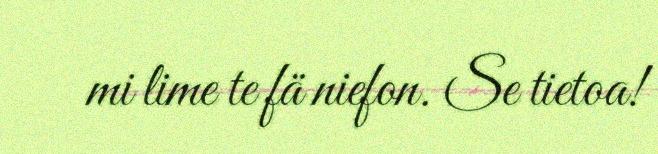
mi lime te fä niefon. Se tietoa!